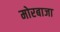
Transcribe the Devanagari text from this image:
मोरबाजा